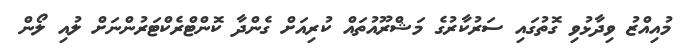
މުއިއްޒު ވިދާޅުވި ގޮތުގައި ސަރުކާރުގެ މަޝްރޫއުތައް ކުރިއަށް ގެންދާ ކޮންޓްރެކްޓަރުންނަށް ލުއި ލޯން